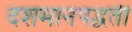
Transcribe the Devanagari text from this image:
दशमानपद्धती